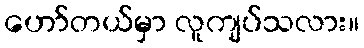
ဟော်တယ်မှာ လူကျပ်သလား။